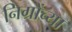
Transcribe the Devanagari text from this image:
निग्रोंच्या